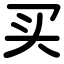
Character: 买